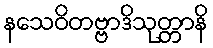
နသေဝိတဗ္ဗာဒိသုတ္တာနိ